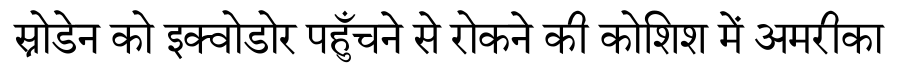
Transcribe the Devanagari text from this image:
स्नोडेन को इक्वोडोर पहुँचने से रोकने की कोशिश में अमरीका